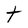
Character: t